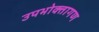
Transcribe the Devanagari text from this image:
उपभोक्‍तागण